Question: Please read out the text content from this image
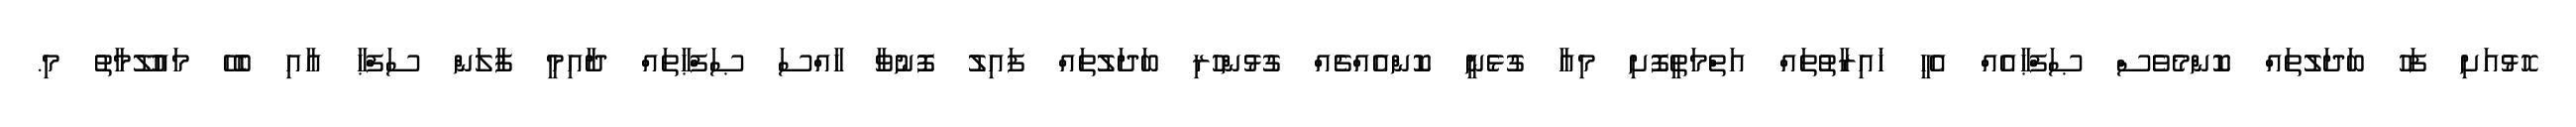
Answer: ހޮޅުއަށި ފަހު ބަދަލުތައް ކޮންމެވެސް ޞަފްޙާއެއް އެހީ ޚައިރާތުތައް އަތްމަތީފޮށި މިއާ ގުޅެނީ ކޮންއެއްޗެއް ގުޅުންހުރި ބަދަލުތައް ފައިލު ފޮނުވާ ހާއްސަ ޞަފްޙާތައް ދާއިމީ ފާލަން ސަފްޙާ އާއި ބެހޭ މައުލޫމާތު މި.